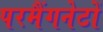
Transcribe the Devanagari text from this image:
परमैंगनेटों